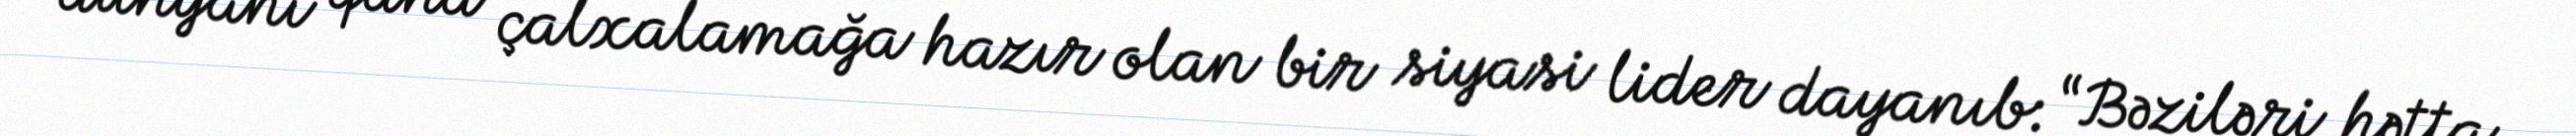
dünyanı qana çalxalamağa hazır olan bir siyasi lider dayanıb: “Bəziləri hətta